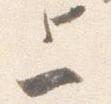
上